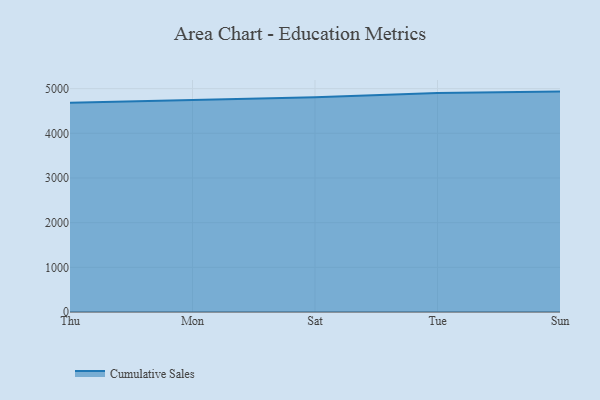
{"axis": {"x": "Day", "y": "Churn Rate (%)"}, "legend": ["Cumulative Sales"], "data": [{"x": "Thu", "y": 4682.8, "type": "Cumulative Sales"}, {"x": "Mon", "y": 4751.2, "type": "Cumulative Sales"}, {"x": "Sat", "y": 4808.7, "type": "Cumulative Sales"}, {"x": "Tue", "y": 4901.3, "type": "Cumulative Sales"}, {"x": "Sun", "y": 4933.9, "type": "Cumulative Sales"}]}